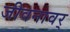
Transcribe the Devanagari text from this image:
जीवनावर्